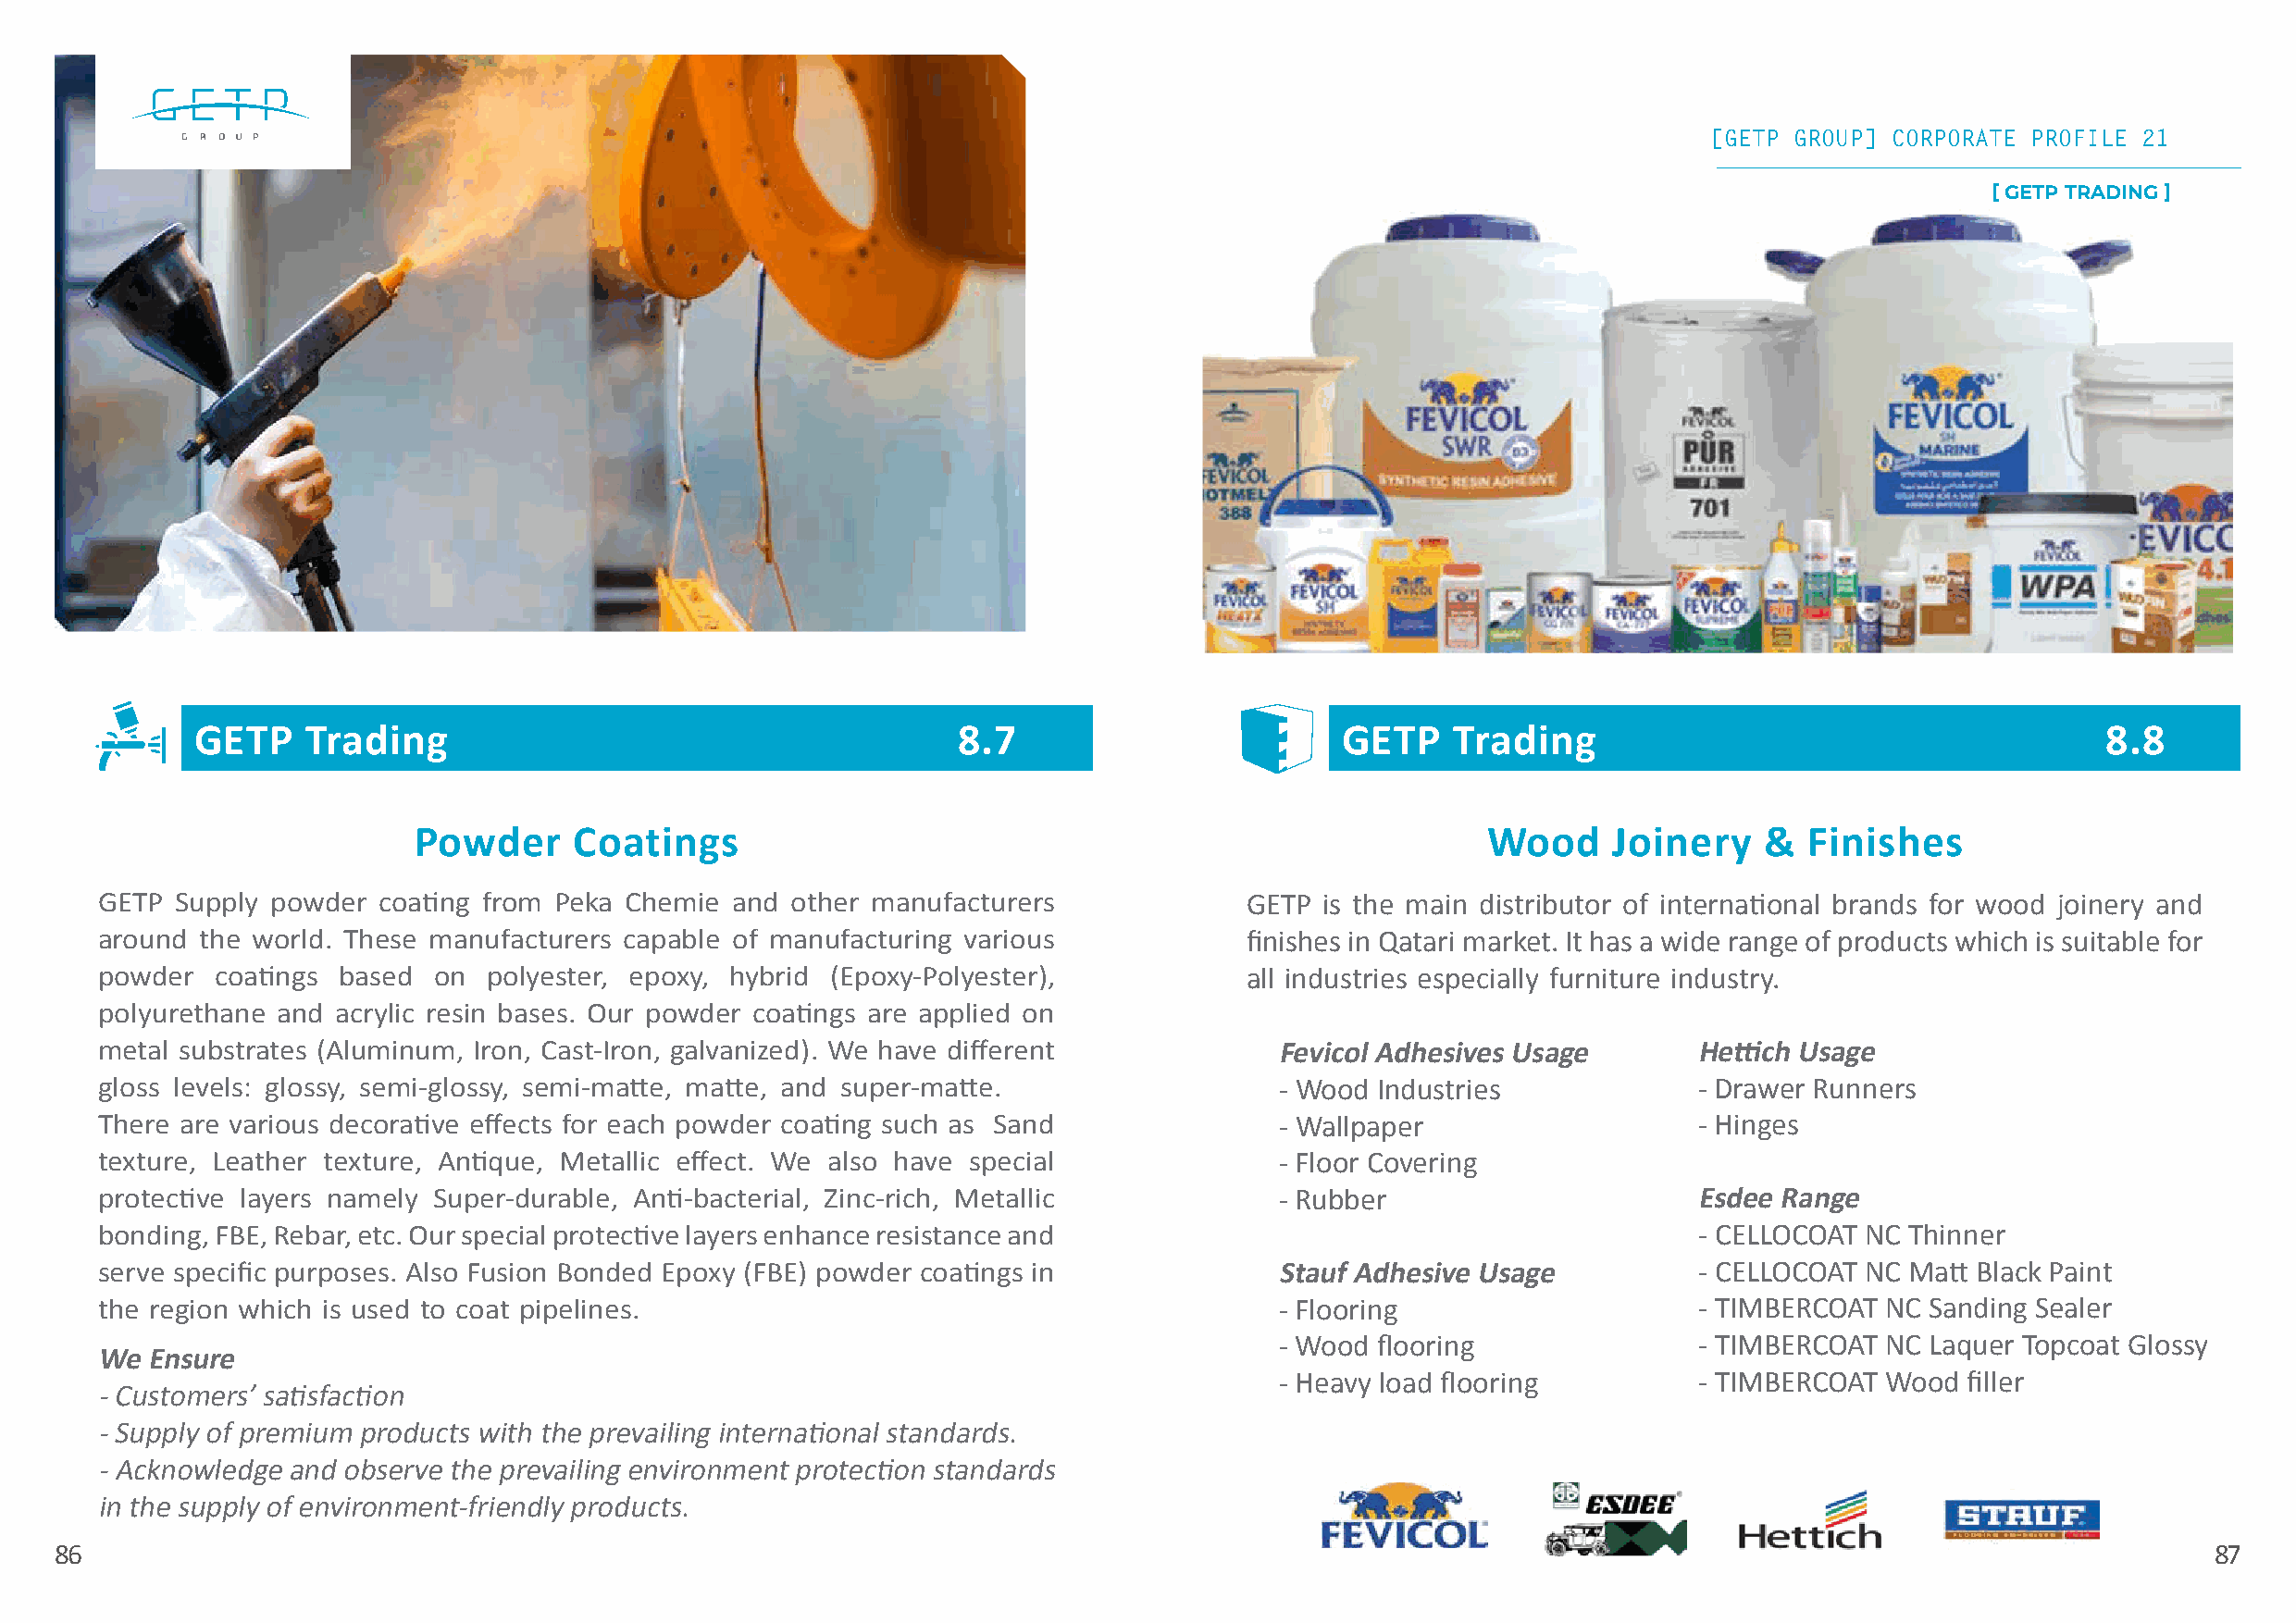
[[GGEETTPP GGRROOUUPP]] CCOORRPPOORRAATTEE PPRROOFFIILLEE 2211
 [ GETP TRADING ]
 GETP    Trading                                        8.7                        GETP    Trading                                        8.8
 Powder     Coatings                                                         Wood     Joinery    &  Finishes
 GETP  Supply powder coating from Peka Chemie and  other manufacturers             GETP  is the main distributor of international brands for wood joinery and
 around the world. These manufacturers capable of manufacturing various            finishes in Qatari market. It has a wide range of products which is suitable for
 powder  coatings based  on  polyester, epoxy, hybrid (Epoxy-Polyester),           all industries especially furniture industry.
 polyurethane and acrylic resin bases. Our powder coatings are applied on
 metal substrates (Aluminum, Iron, Cast-Iron, galvanized). We have different         Fevicol Adhesives Usage       Hettich Usage
 gloss levels: glossy, semi-glossy, semi-matte, matte, and super-matte.              - Wood  Industries            - Drawer Runners
 There are various decorative effects for each powder coating such as Sand           - Wallpaper                   - Hinges
 texture, Leather texture, Antique, Metallic effect. We also have special            - Floor Covering
 protective layers namely Super-durable, Anti-bacterial, Zinc-rich, Metallic         - Rubber                      Esdee Range
 bonding, FBE, Rebar, etc. Our special protective layers enhance resistance and                                    - CELLOCOAT NC  Thinner
 serve specific purposes. Also Fusion Bonded Epoxy (FBE) powder coatings in          Stauf Adhesive Usage          - CELLOCOAT NC  Matt Black Paint
 the region which is used to coat pipelines.                                         - Flooring                    - TIMBERCOAT  NC Sanding Sealer
 - Wood  flooring              - TIMBERCOAT  NC Laquer Topcoat Glossy
 We Ensure
 - Heavy load flooring         - TIMBERCOAT  Wood  filler
 - Customers’ satisfaction
 - Supply of premium products with the prevailing international standards.
 - Acknowledge and observe the prevailing environment protection standards
 in the supply of environment-friendly products.
 86                                                                                                                                                        87